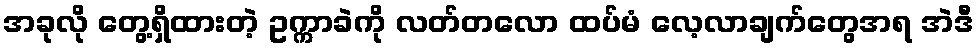
အခုလို တွေ့ရှိထားတဲ့ ဥက္ကာခဲကို လတ်တလော ထပ်မံ လေ့လာချက်တွေအရ အဲဒီ